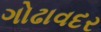
ગોઢાવદર